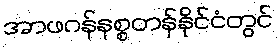
အာဖဂန်နစ္စတန်နိုင်ငံတွင်